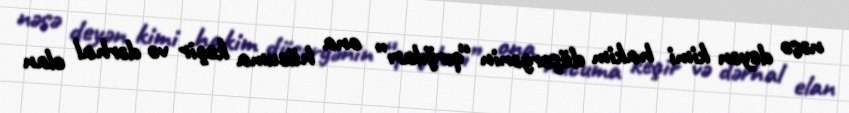
nəsə deyən kimi hakim düşərgənin “qırğıları” ona hücuma keçir və dərhal elan